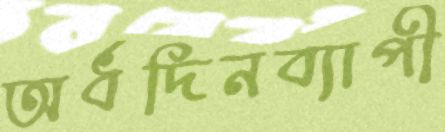
অর্ধদিনব্যাপী